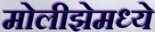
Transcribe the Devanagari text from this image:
मोलीझेमध्ये